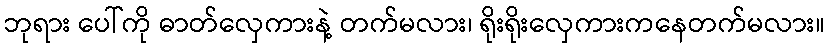
ဘုရား ပေါ်ကို ဓာတ်လှေကားနဲ့ တက်မလား၊ ရိုးရိုးလှေကားကနေတက်မလား။